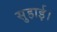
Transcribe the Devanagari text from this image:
सुहाई।